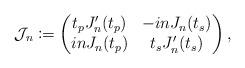
LaTeX: \begin{align*}\mathcal{J}_n \coloneqq \begin{pmatrix}t_p J^{\prime}_n(t_p) & -in J_n(t_s)\\in J_n(t_p) & t_s J^{\prime}_n(t_s)\end{pmatrix},\end{align*}